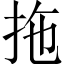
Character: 拖